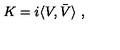
K = i \langle V , \bar { V } \rangle \ ,